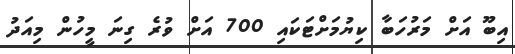
އިބޫ އަށް މަރުހަބާ ކިޔުމަށްޓަކައި 700 އަށް ވުރެ ގިނަ މީހުން މިއަދު